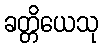
ခတ္တိယေသု